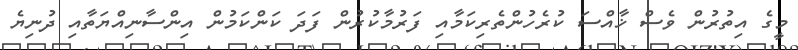
މީގެ އިތުރުން ވެސް ޚާއްސަ ކުރެހުންތެރިކަމާއި ފަރުމާކުރުން ފަދަ ކަންކަމުން އިންސާނިއްޔަތާއި ދުނިޔެ